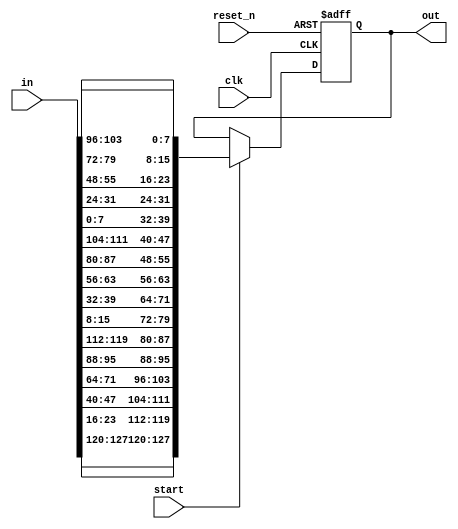
`timescale 1ns / 1ps
//////////////////////////////////////////////////////////////////////////////////
// Company: 
// Engineer: 
// 
// Design Name: 
// Module Name: inverse_shift_row
// Project Name: 
// Target Devices: 
// Tool Versions: 
// Description: 
// 
// Dependencies: 
// 
// Revision:
// Revision 0.01 - File Created
// Additional Comments:
// 
//////////////////////////////////////////////////////////////////////////////////


module inverse_shift_row(
    input clk, reset_n, start,
    input [127 : 0] in,
    output [127 : 0] out
    );
    
    wire [7:0] a [0:15];
    assign a[0] = in[127:120];
    assign a[1] = in[119:112];
    assign a[2] = in[111:104];
    assign a[3] = in[103:96];
    assign a[4] = in[95:88];
    assign a[5] = in[87:80];
    assign a[6] = in[79:72];
    assign a[7] = in[71:64];
    assign a[8] = in[63:56];
    assign a[9] = in[55:48];
    assign a[10] = in[47:40];
    assign a[11] = in[39:32];
    assign a[12] = in[31:24];
    assign a[13] = in[23:16];
    assign a[14] = in[15:8];
    assign a[15] = in[7:0];
   
    reg [127 : 0] Q_reg, Q_next;
    always@(posedge clk, negedge reset_n)begin
        if(~reset_n)begin
            Q_reg <= 128'b0;
        end
        else begin
            Q_reg <= Q_next;
        end
    end
    
    always@(*)begin
        if(start)begin
            Q_next = {a[0], a[13], a[10], a[7], a[4], a[1], a[14], a[11], a[8], a[5], a[2], a[15], a[12], a[9], a[6], a[3]};
        end
        else begin
            Q_next = Q_reg;
        end
    end
    
    assign out = Q_reg;
endmodule